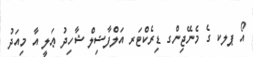
އޯ ޕލކ ގެ މެނޭޖިންގ ޑިރެކްޓަރ އަލްފާޟިލް ޝާހިދު ޢަލީ އާ މިއަދު